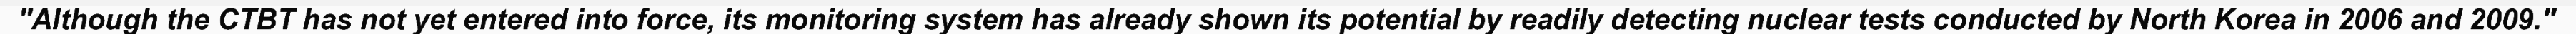
"Although the CTBT has not yet entered into force, its monitoring system has already shown its potential by readily detecting nuclear tests conducted by North Korea in 2006 and 2009."